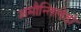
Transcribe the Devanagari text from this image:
अमौन्तिलेडो